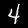
Digit: 4